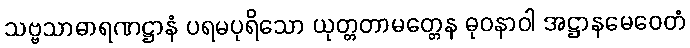
သဗ္ဗသာဓာရဏဋ္ဌာနံ ပရမပုရိသော ယုတ္တတာမတ္တေန ဓုဝနာဝါ အဋ္ဌာနမေဝေတံ